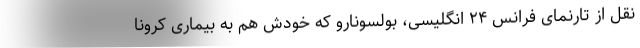
نقل از تارنمای فرانس ۲۴ انگلیسی، بولسونارو که خودش هم به بیماری کرونا